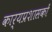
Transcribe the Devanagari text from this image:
कार्यप्रशासकों